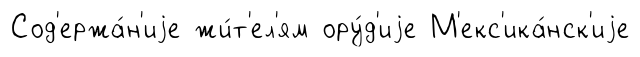
Сод'ержа́н'иjе жи́т'ел'ям ору́д'иjе М'екс'ика́нск'иjе